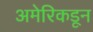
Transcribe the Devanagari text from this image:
अमेरिकडून